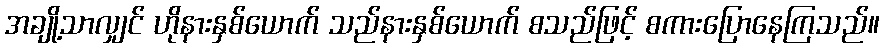
အချို့သာလျှင် ဟိုနားနှစ်ယောက် သည်နားနှစ်ယောက် စသည်ဖြင့် စကားပြောနေကြသည်။